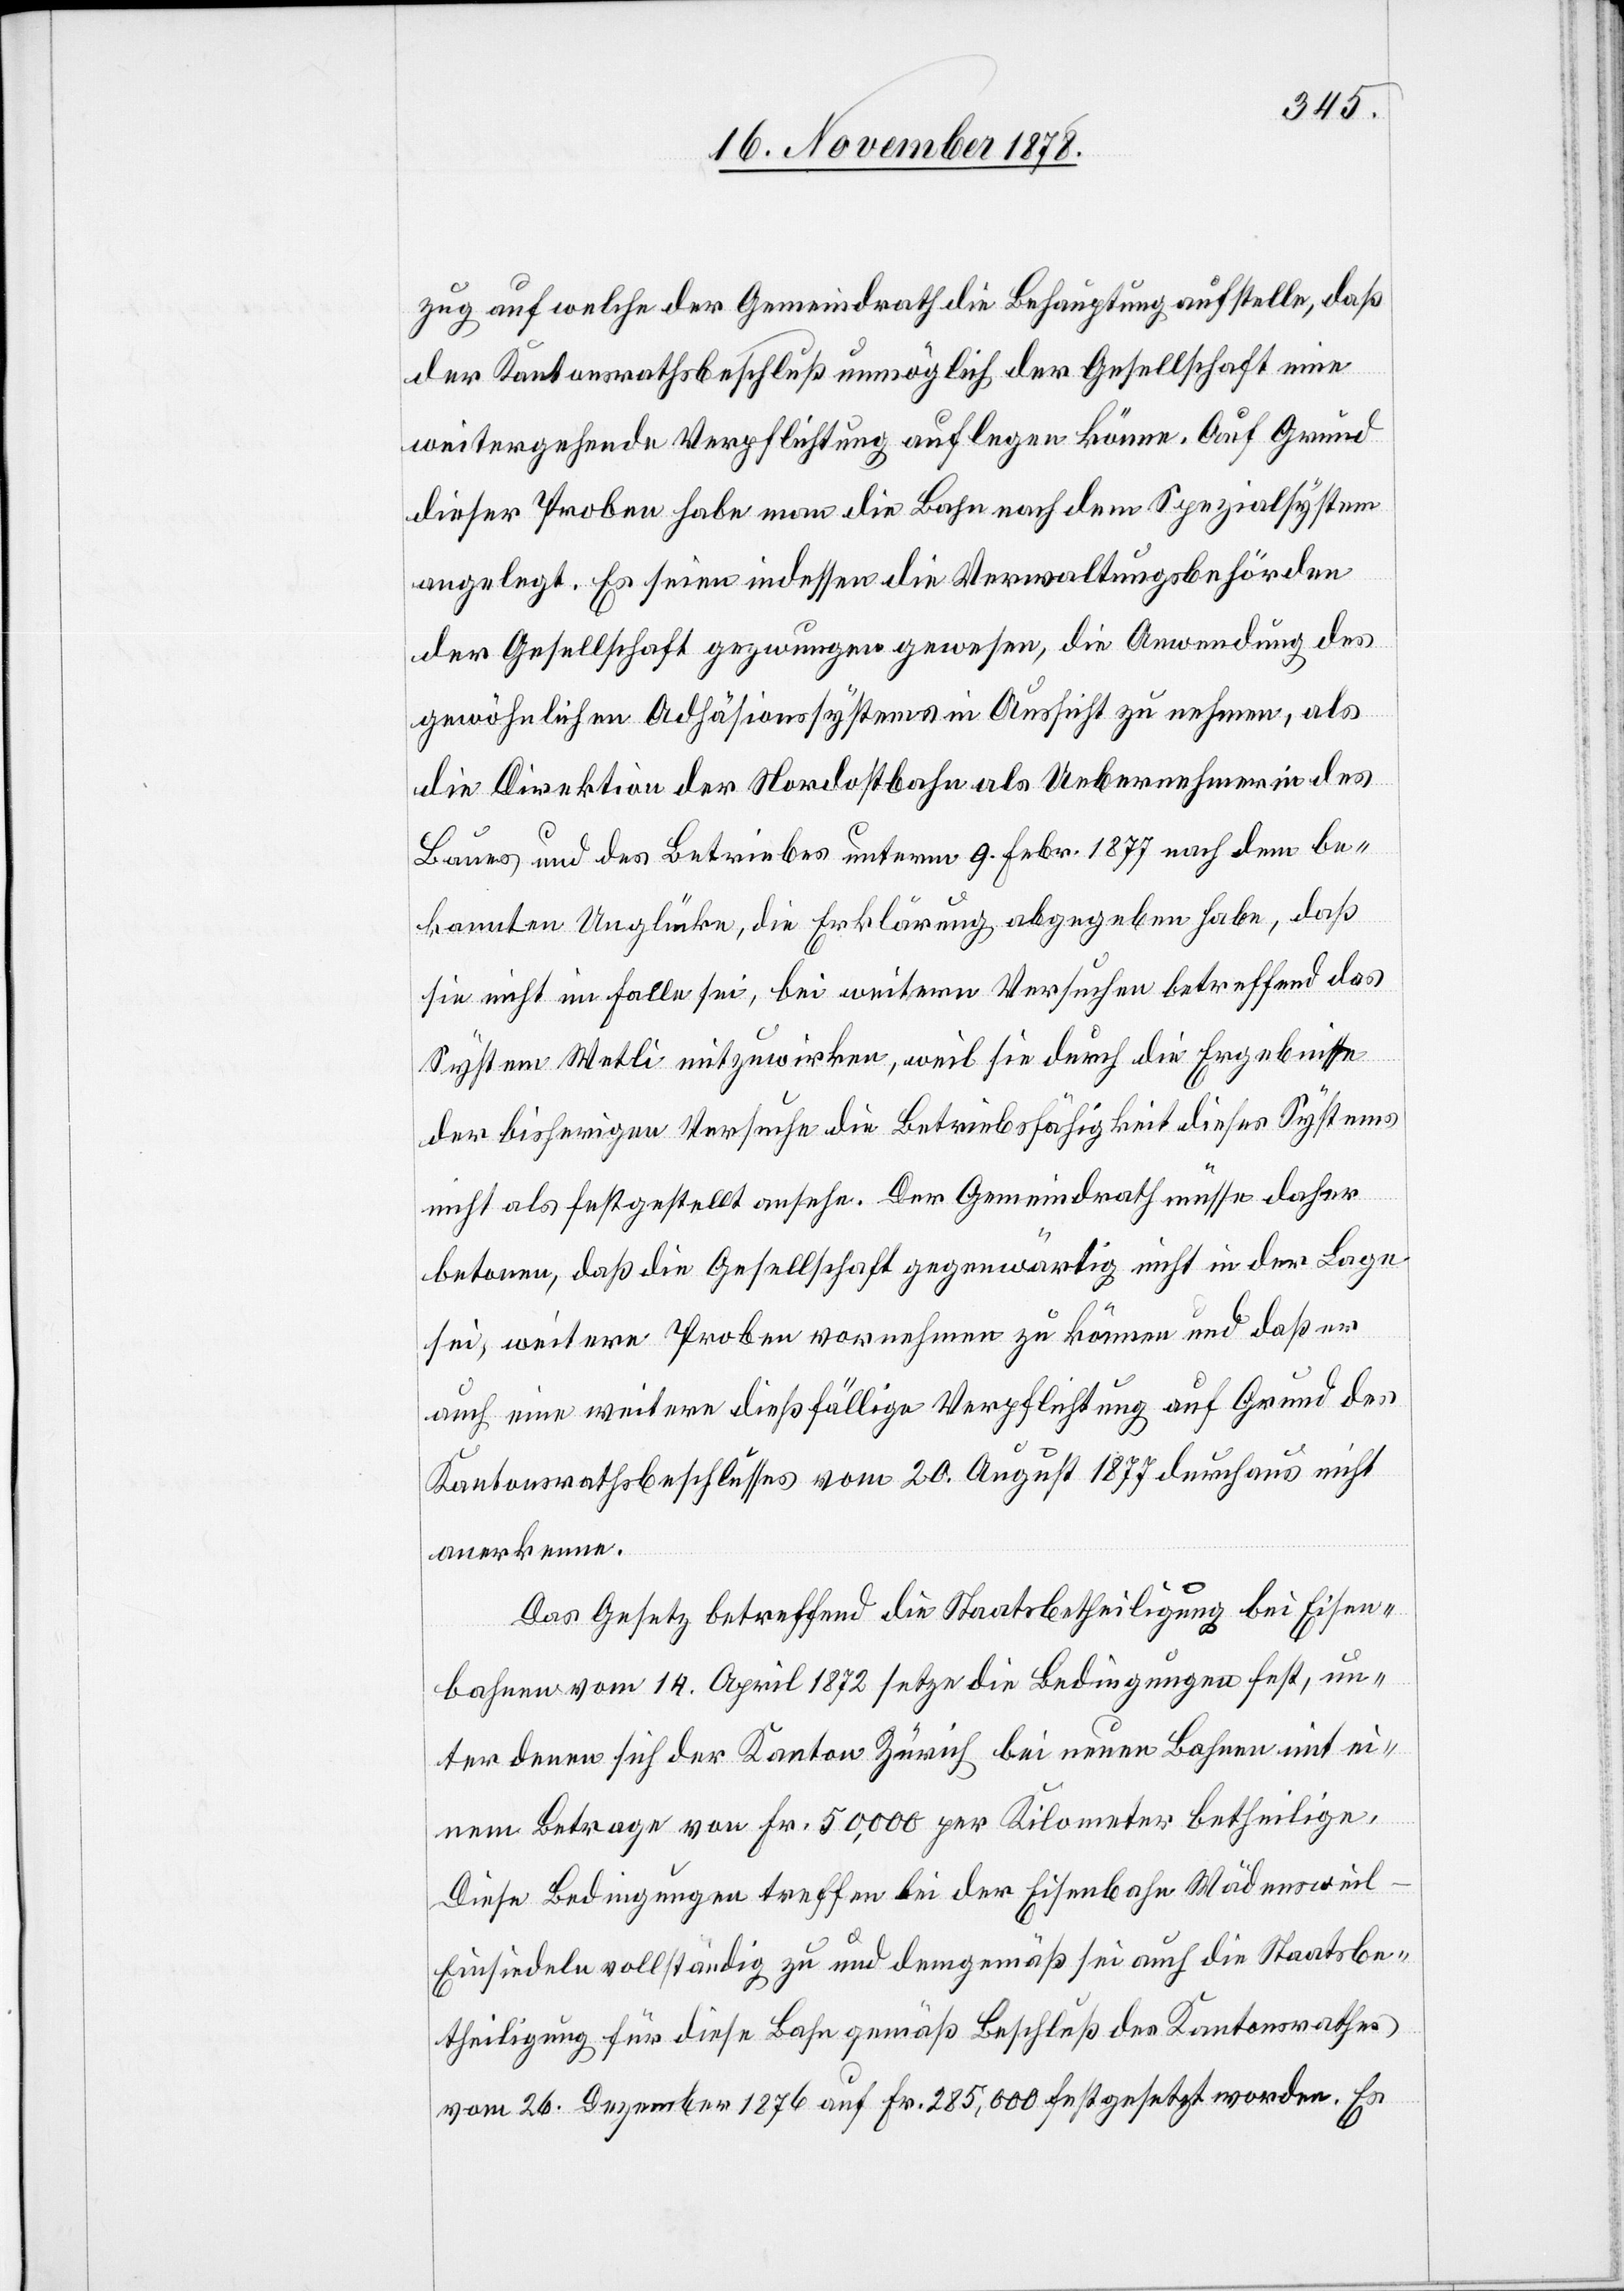
zug auf welche der Gemeindrath die Behauptung aufstelle, daß
der Kantonsrathsbeschluß unmöglich der Gesellschaft eine
weitergehende Verpflichtung auflegen könne. Auf Grund
dieser Proben habe man die Bahn nach dem Spezialsystem
angelegt. Es seien indessen die Verwaltungsbehörden
der Gesellschaft gezwungen gewesen, die Anwendung des
gewöhnlichen Adhäsionssystems in Aussicht zu nehmen, als
die Direktion der Nordostbahn als Uebernehmerin des
Baues und des Betriebes unterm 9. Febr. 1877 nach dem be¬
kannten Unglücke, die Erklärung, abgegeben habe, daß
sie nicht im Falle sei, bei weitern Versuchen betreffend das
System Wetli mitzuwirken, weil sie durch die Ergebnisse
der bisherigen Versuche die Betriebsfähigkeit dieses Systems
nicht als festgestellt ansehe. Der Gemeindrath müsse daher
betonen, daß die Gesellschaft gegenwärtig nicht in der Lage
sei, weitere Proben vornehmen zu können und daß er
auch eine weitere dießfällige Verpflichtung auf Grund des
Kantonsrathsbeschlusses vom 20. August 1877 durchaus nicht
anerkenne.
Das Gesetz betreffend die Staatsbetheiligung bei Eisen¬
bahnen vom 14. April 1872 setze die Bedingungen fest, un¬
ter denen sich der Kanton Zürich bei neuen Bahnen mit ei¬
nem Betrage von Fr. 50,000 per Kilometer betheilige.
Diese Bedingungen treffen bei der Eisenbahn Wädenswei¬
l–Einsiedeln vollständig zu und demgemäß sei auch die Staatsbe¬
theiligung für diese Bahn gemäß Beschluß des Kantonsrathes
vom 26. Dezember 1876 auf Fr. 285,000 festgesetzt worden. Es